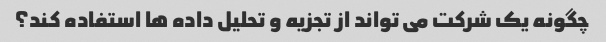
چگونه یک شرکت می تواند از تجزیه و تحلیل داده ها استفاده کند؟